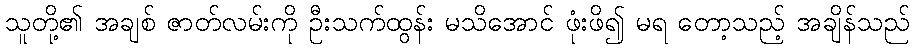
သူတို့၏ အချစ် ဇာတ်လမ်းကို ဦးသက်ထွန်း မသိအောင် ဖုံးဖိ၍ မရ တော့သည့် အချိန်သည်